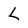
Character: L